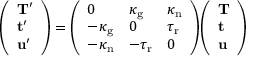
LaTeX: { \left( \begin{array} { l } { \mathbf { T } ^ { \prime } } \\ { \mathbf { t } ^ { \prime } } \\ { \mathbf { u } ^ { \prime } } \end{array} \right) } = { \left( \begin{array} { l l l } { 0 } & { \kappa _ { \mathrm { g } } } & { \kappa _ { \mathrm { n } } } \\ { - \kappa _ { \mathrm { g } } } & { 0 } & { \tau _ { \mathrm { r } } } \\ { - \kappa _ { \mathrm { n } } } & { - \tau _ { \mathrm { r } } } & { 0 } \end{array} \right) } { \left( \begin{array} { l } { \mathbf { T } } \\ { \mathbf { t } } \\ { \mathbf { u } } \end{array} \right) }